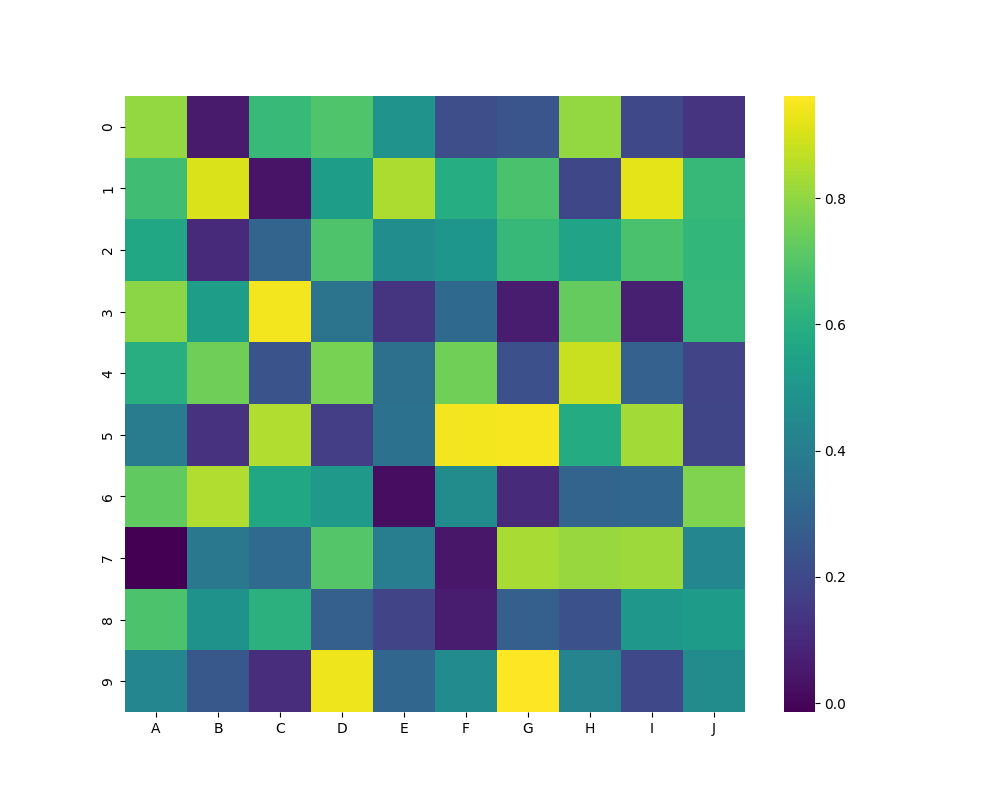
python, seaborn, heatmap, cmap='viridis', linewidths=0.0, center=none